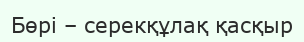
Бөрі – серекқұлақ қасқыр